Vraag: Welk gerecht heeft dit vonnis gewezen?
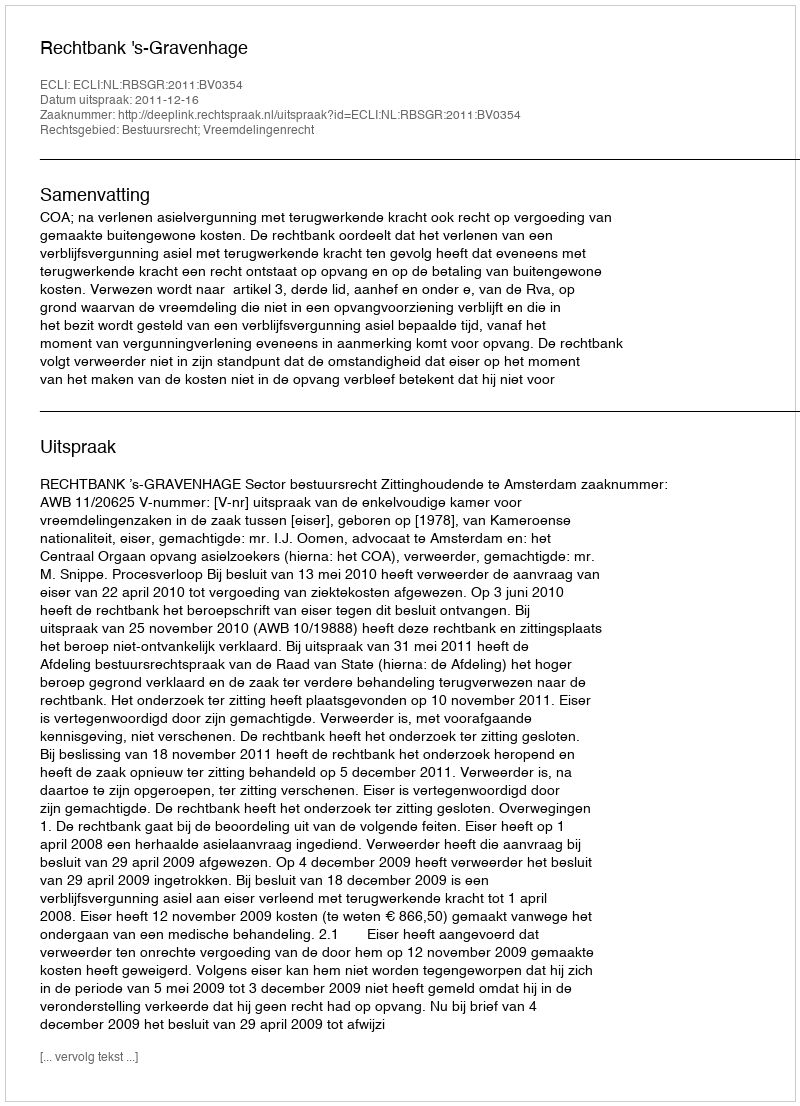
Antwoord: Rechtbank 's-Gravenhage